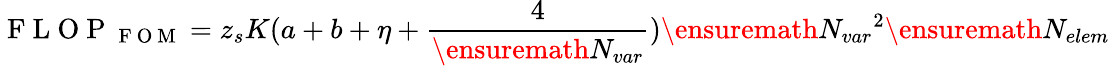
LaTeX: \mathrm{~F~L~O~P~}_{\mathrm{~F~O~M~}}=z_{s}K(a+b+\eta+\frac{4}{\ensuremath{N_{var}}})\ensuremath{N_{var}}^{2}\ensuremath{N_{elem}}